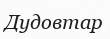
Дудовтар